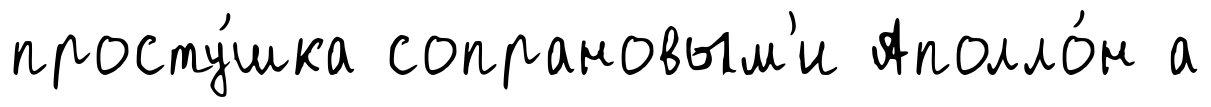
просту́шка сопрановым'и Аполло́н а